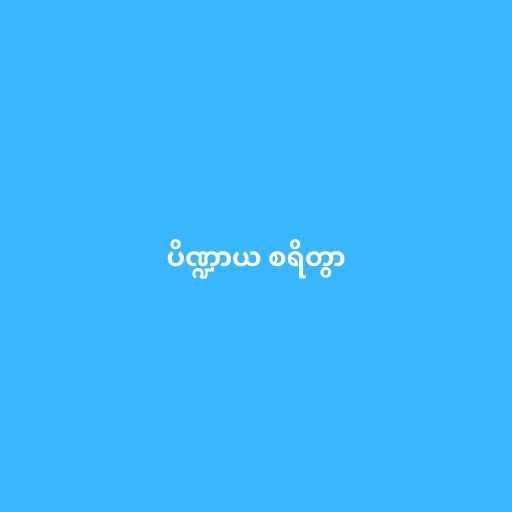
ပိဏ္ဍာယ စရိတွာ